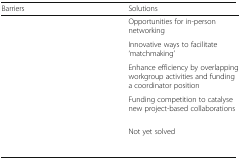
<table><thead><tr><td><b>Barriers</b></td><td><b>Solutions</b></td></tr></thead><tbody><tr><td>[EMPTY_CELL]</td><td>Opportunities for in-person networking</td></tr><tr><td>[EMPTY_CELL]</td><td>Innovative ways to facilitate ‘matchmaking’</td></tr><tr><td>[EMPTY_CELL]</td><td>Enhance efficiency by overlapping workgroup activities and funding a coordinator position</td></tr><tr><td>[EMPTY_CELL]</td><td>Funding competition to catalyse new project-based collaborations</td></tr><tr><td>[EMPTY_CELL]</td><td>Not yet solved</td></tr></tbody></table>